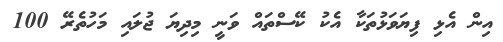
އިން އެޅި ފިޔަވަޅުތަކާ އެކު ކޭސްތައް ވަނީ މިދިޔަ ޖުލައި މަހުތެރޭ 100